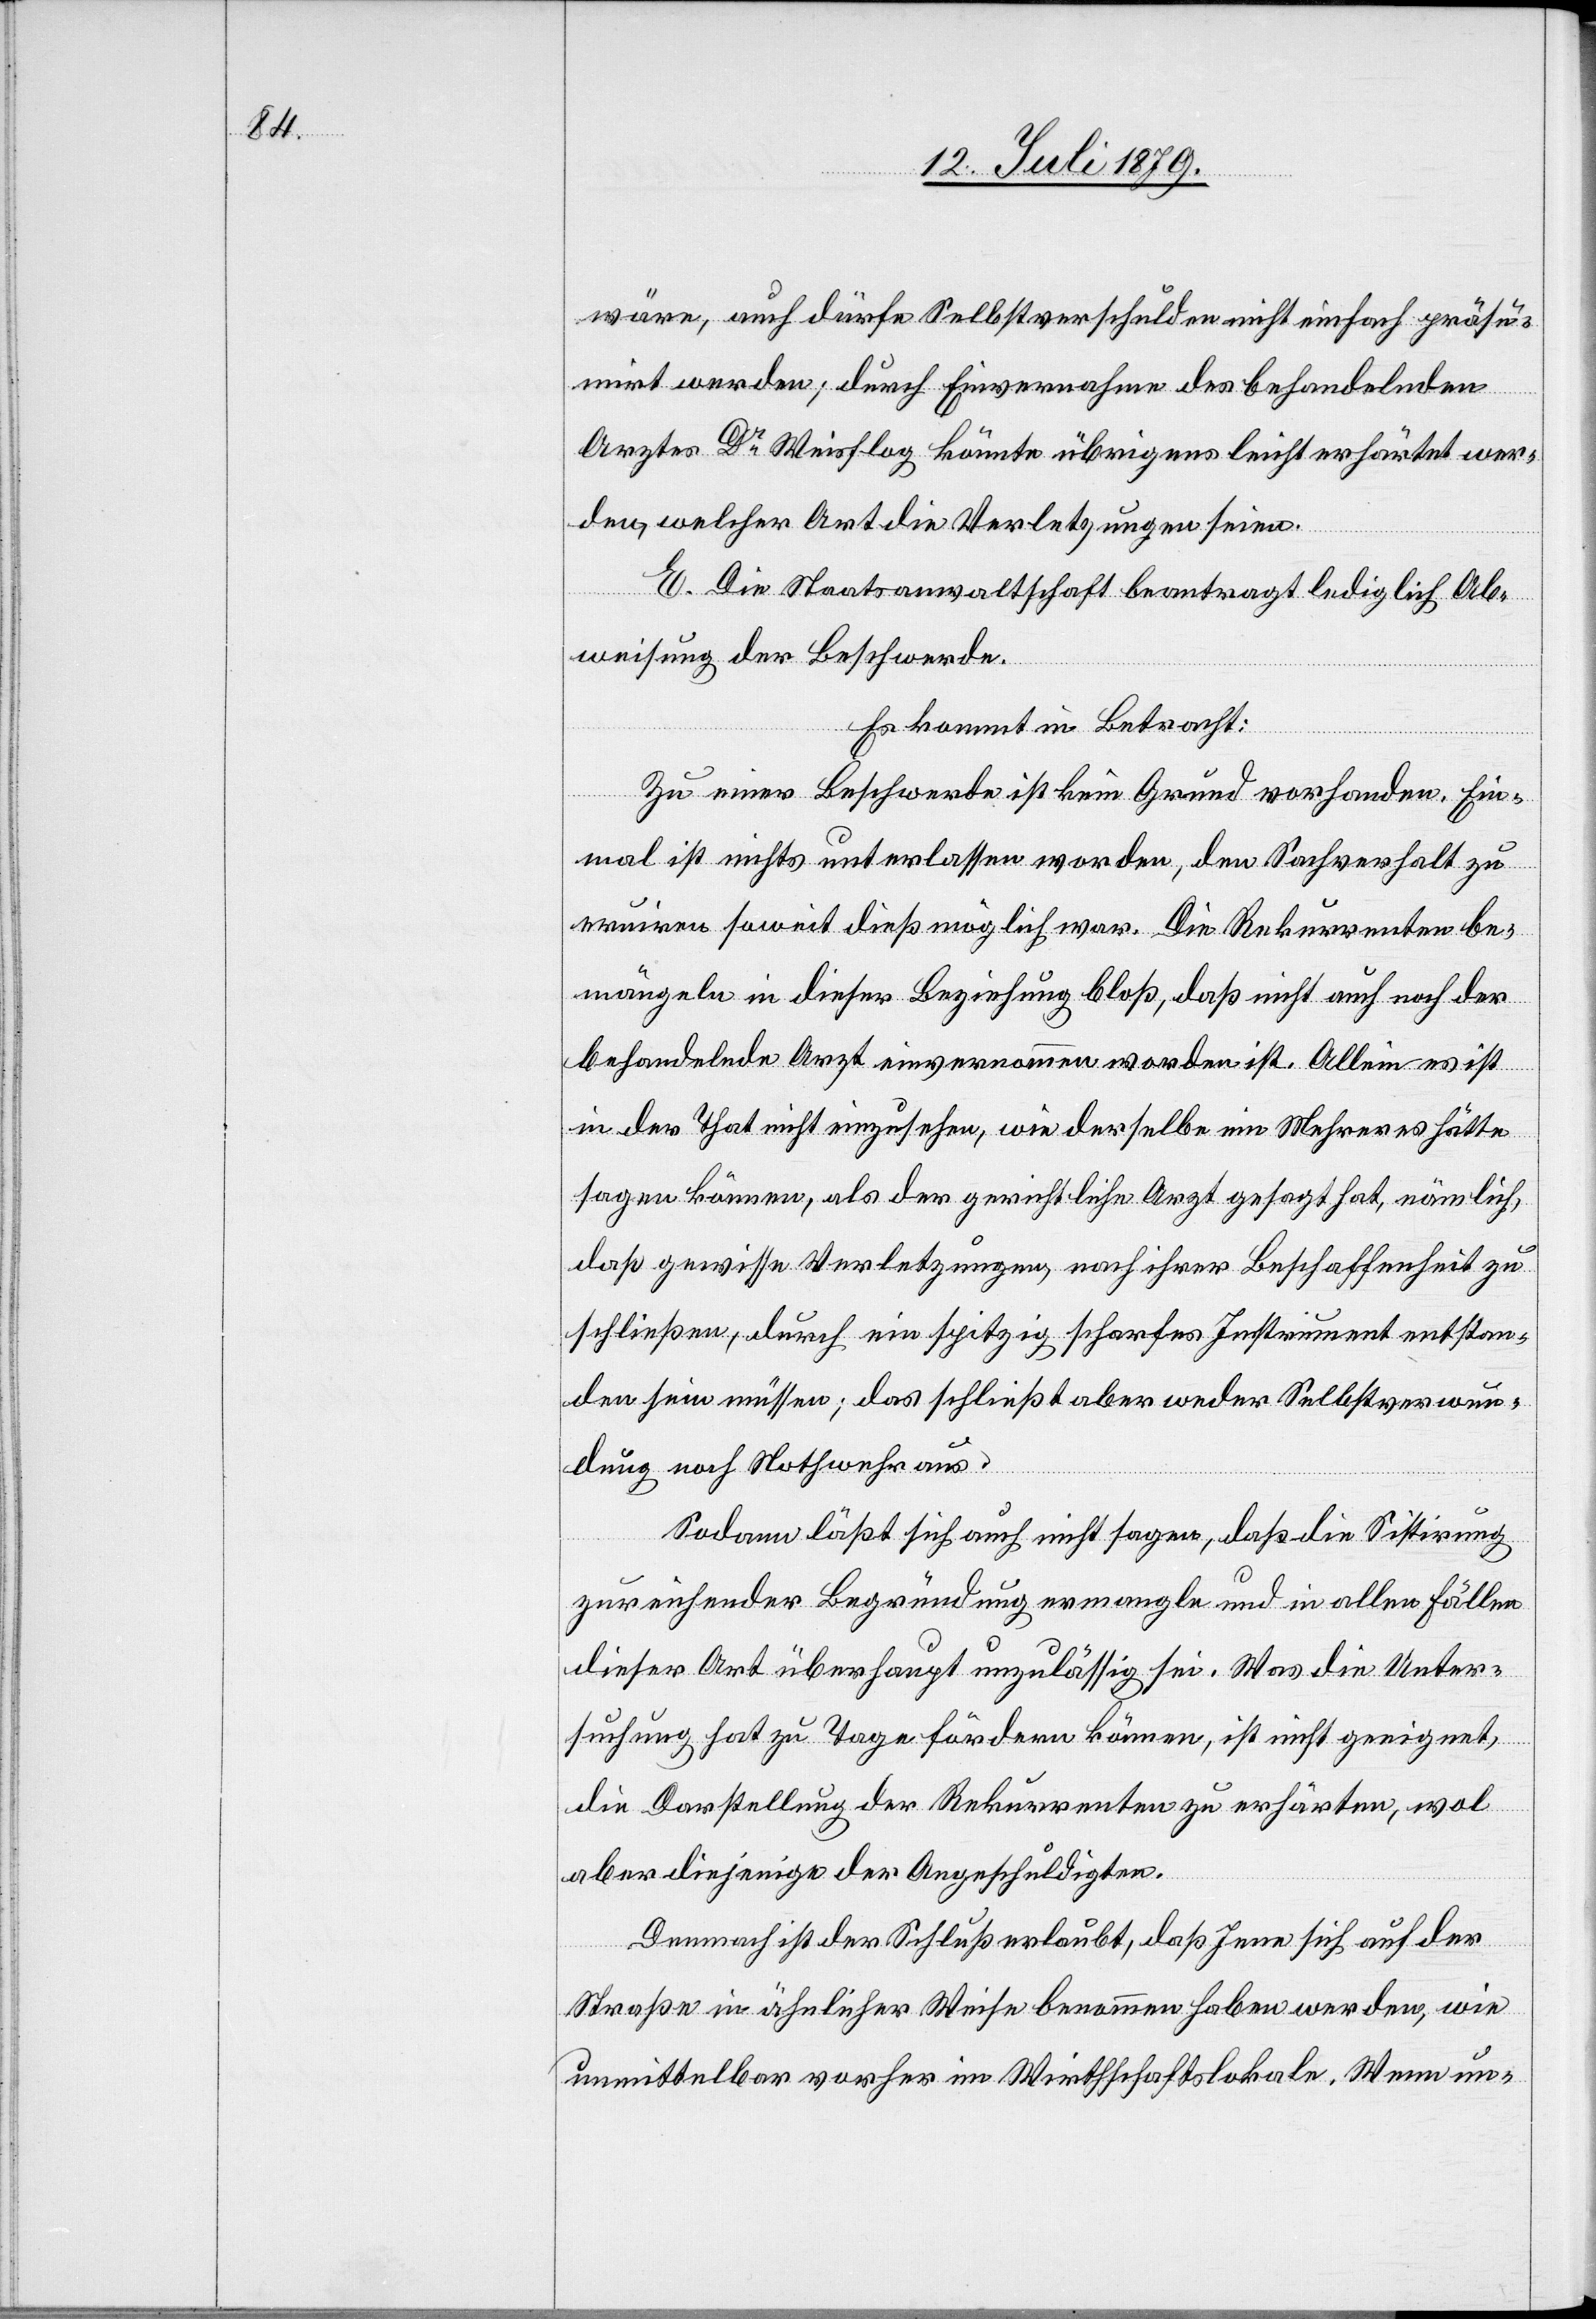
wäre, auch dürfe Selbstverschulden nicht einfach präsu¬
mirt werden; durch Einvernahme des behandelnden
Arztes Dr Weisflog könnte übrigens leicht erhärtet wer¬
den, welcher Art die Verletzungen seien.
E. Die Staatsanwaltschaft beantragt lediglich Ab¬
weisung der Beschwerde.
Es kommt in Betracht:
Zu einer Beschwere ist kein Grund vorhanden. Ein¬
mal ist nichts unterlassen worden, den Sachverhalt zu
eruiren soweit dieß möglich war. Die Rekurrenten be¬
mängeln in dieser Beziehung bloß, daß nicht auch noch der
behandelnde Arzt einvernommen worden ist. Allein es ist
in der That nicht einzusehen, wie derselbe ein Mehreres hätte
sagen können, als der gerichtliche Arzt gesagt hat, nämlich,
daß gewisse Verletzungen, nach ihrer Beschaffenheit zu
schließen, durch ein spitzig scharfes Instrument entstan¬
den sein müssen; das schließt aber weder Selbstverwun¬
dung noch Nothwehr aus.
Sodann läßt sich auch nicht sagen, daß die Sistirung
zureichender Begründung ermangle und in allen Fällen
dieser Art überhaupt unzulässig sei. Was die Unter¬
suchung hat zu Tage fördern können, ist nicht geeignet,
die Darstellung der Rekurrenten zu erhärten, wol
aber diejenige der Angeschuldigten.
Demnach ist der Schluß erlaubt, daß Jene sich auf der
Straße in ähnlicher Weise benommen haben werden, wie
unmittelbar vorher im Wirthschaftslokale. Wenn un-